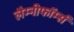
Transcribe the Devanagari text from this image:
लैम्नीफॉर्म्स